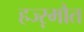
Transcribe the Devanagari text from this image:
हज्ऱमौत